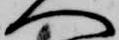
へ